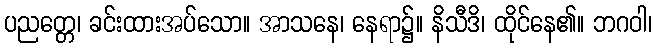
ပညတ္တေ၊ ခင်းထားအပ်သော။ အာသနေ၊ နေရာ၌။ နိသီဒိ၊ ထိုင်နေ၏။ ဘဂဝါ၊